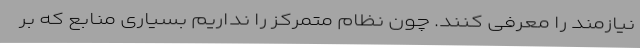
نیازمند را معرفی کنند. چون نظام متمرکز را نداریم بسیاری منابع که بر